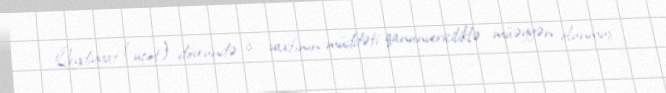
Qeydiyyat (uçot) dövründə iş vaxtının müddəti qanunvericiliklə müəyyən olunmuş